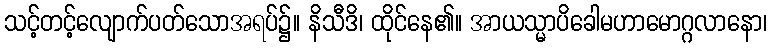
သင့်တင့်လျောက်ပတ်သောအရပ်၌။ နိသီဒိ၊ ထိုင်နေ၏။ အာယသ္မာပိခေါမဟာမောဂ္ဂလာနော၊